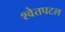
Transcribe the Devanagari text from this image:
श्‍वेतपटल